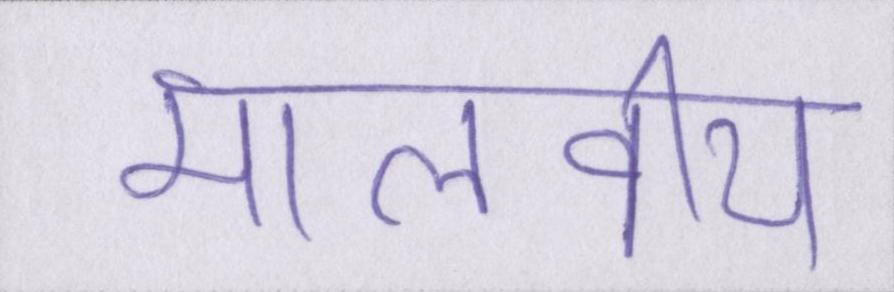
मालवीय